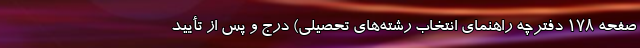
صفحه ۱۷۸ دفترچه راهنمای انتخاب رشته‌های تحصیلی) درج و پس از تأیید